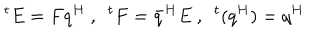
LaTeX: ^ t E = F q ^ { H } \ , \ \ ^ { t } F = \bar { q } ^ { H } E \ , \ \ ^ { t } ( q ^ { H } ) = q ^ { H }